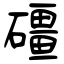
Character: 礓